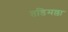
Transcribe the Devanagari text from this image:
तडिमल्ला